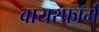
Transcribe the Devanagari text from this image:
वायरफॉर्म